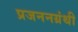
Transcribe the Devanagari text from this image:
प्रजननग्रंथी